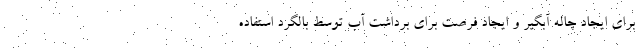
برای ایجاد چاله آبگیر و ایجاد فرصت برای برداشت آب توسط بالگرد استفاده